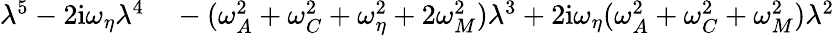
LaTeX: \begin{array}{rl}{\lambda^{5}-2\mathrm{i}\omega_{\eta}\lambda^{4}}&{{}-(\omega_{A}^{2}+\omega_{C}^{2}+\omega_{\eta}^{2}+2\omega_{M}^{2})\lambda^{3}+2\mathrm{i}\omega_{\eta}(\omega_{A}^{2}+\omega_{C}^{2}+\omega_{M}^{2})\lambda^{2}}\end{array}